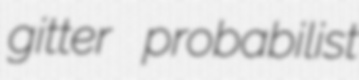
gitter probabilist